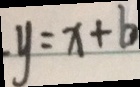
y = x + b